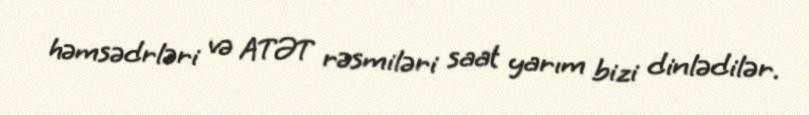
həmsədrləri və ATƏT rəsmiləri saat yarım bizi dinlədilər.